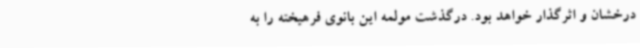
درخشان و اثرگذار خواهد بود. درگذشت مولمه این بانوی فرهیخته را به